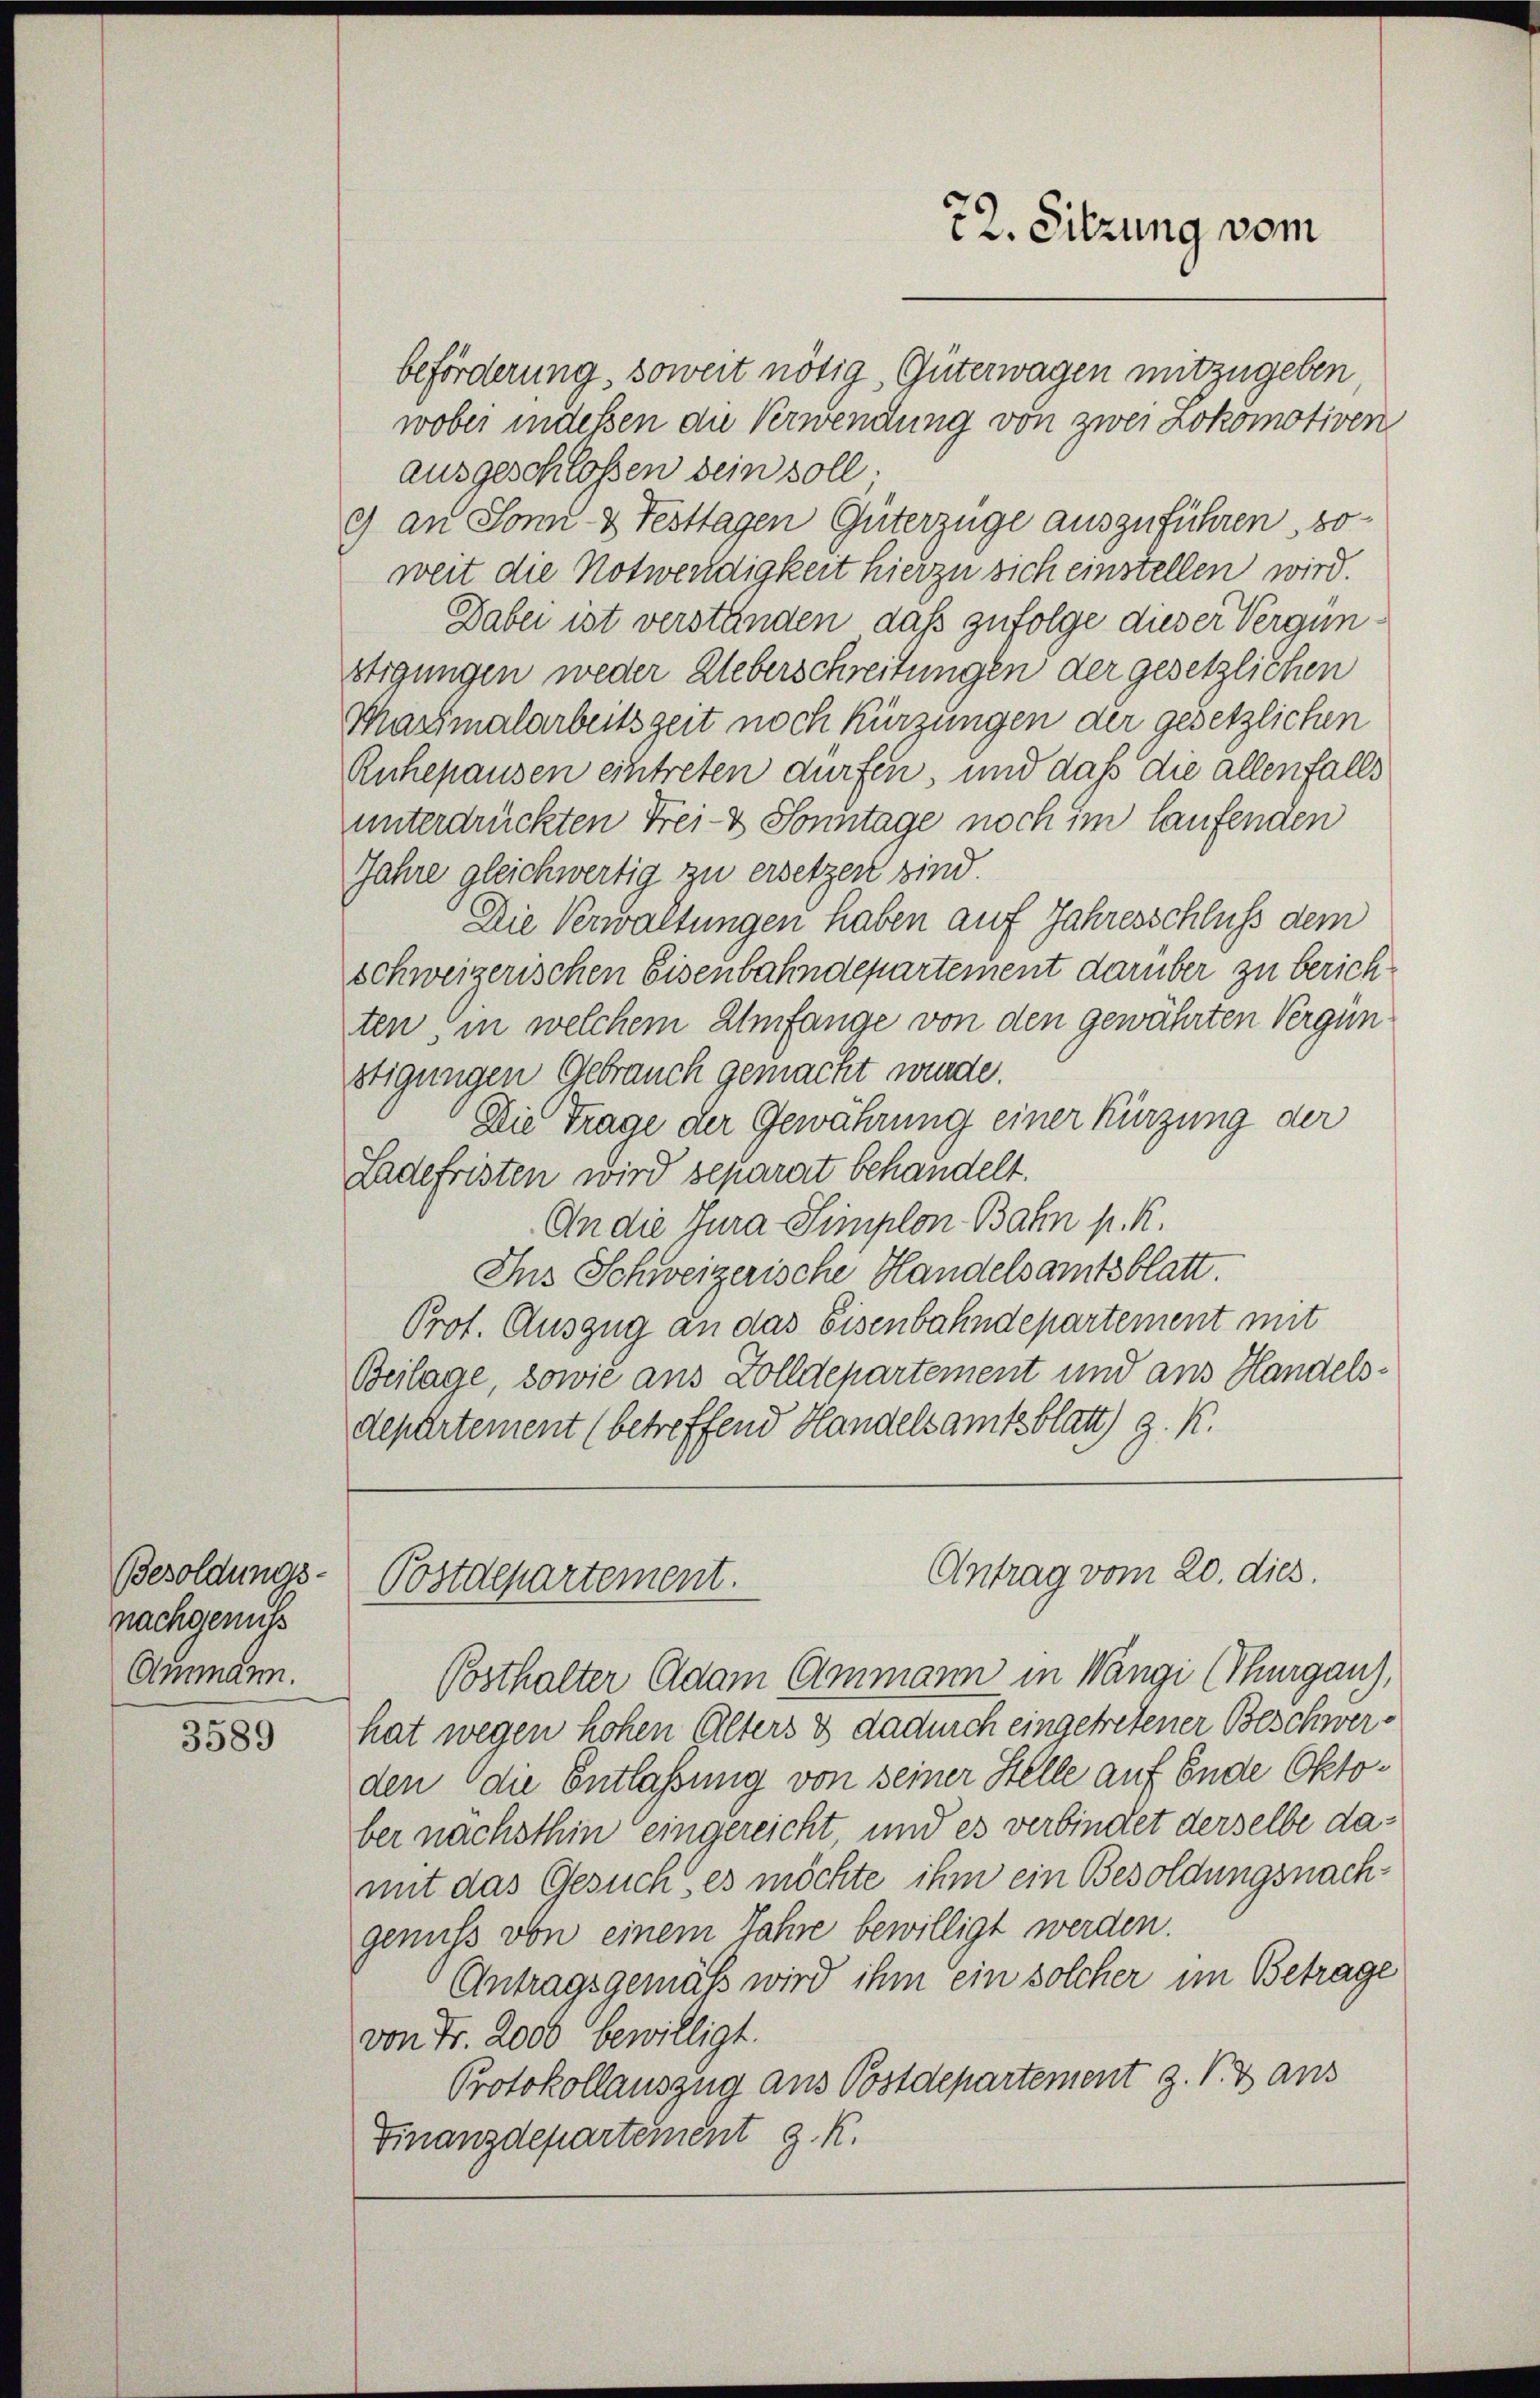
Besoldungs-
nachgenuss
Ammann.

3589

beförderung, soweit nötig, Güterwagen mitzugeben
wobei indeßen die Verwendung von zwei Lokomotiven
ausgeschlossen dein soll.
c) an Sonn- & Festtagen Güterzüge auszuführen, soweit die Notwendigkeit hierzu sich einstellen wird.
Dabei ist verständen, daß zufolge dieser Vergünstigungen weder Ueberschreitungen der gesetzlichen
Mharmalarbeitszeit noch kürzungen der gesetzlichen
Ruhepausen eintreten dürfen, und daß die allenfalls
unterdrückten Frei- & Sonntage noch im laufenden
Jahre gleichwertig zu ersetzen sind.
Die Verwaltungen haben auf Jahresschluß dem
schweizerischen Eisenbahndepartement darüber zu berichten in welchem Umfange von den gewährten Vergün
stigungen Gebrauch gemacht wurde.
Die Trage der Gewährung einer Kürzung der
Ladefristen wird separat behandelt.
An die Jura Simplon Bahn p. K.
Ins Schweizerische Handelsamtsblatt.
Prot. Auszug an das Eisenbahndepartement mit
Beilage sowie aus Zolldepartement und aus Handelsdepartement (betreffend Handelsamtsblatt) z. K.

72. Sitzung vom

Antrag vom 20. dies.
Postdepartement.

Posthalter Adam Ammann in Wangi (Thurgau),
hat wegen hohen Alters & dadurch eingetretener Beschwerden die Entlaßung von seiner Stelle auf Ende Oktober nachsthin eingereicht, und es verbindet derselbe damit das Gesuch, es möchte ihm ein Besoldungsnachgenuss von einem Jahre bewilligt werden.
Antragsgemäß wird ihm ein solcher im Betrage
von Fr. 2000 bewilligt.
Protokollauszug aus Postdepartement z. V. 3 aus
Finanzdepartement z. K.